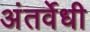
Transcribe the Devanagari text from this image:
अंतर्वेधी